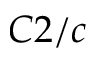
C 2 / c